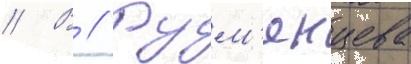
// В // Рум'янцева